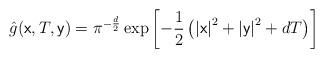
LaTeX: \begin{align*}\hat{g}(\mathsf{x},T,\mathsf{y})=\pi ^{-\frac{d}{2}}\exp \left[ -\frac{1}{2}\left( \left\vert \mathsf{x}\right\vert ^{2}+\left\vert \mathsf{y}\right\vert ^{2}+dT\right) \right] \end{align*}